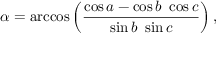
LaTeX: \alpha = \operatorname { a r c c o s } \left( { \frac { \cos a - \cos b \ \cos c } { \sin b \ \sin c } } \right) ,